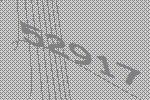
52917